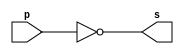
// -------------------------
// Exemplo0002 - NOT
// Nome: Paulo Ricardo B. Souza
// -------------------------
// -------------------------
// -- not gate
// -------------------------
module notgate (output s,
input p);
assign s = ~p;
endmodule // notgate
// -------------------------
// -- test not gate
// -------------------------
module testnotgate;
// ------------------------- dados locais
reg a; // definir registrador
// (variavel independente)
wire s; // definir conexao (fio)
// (variavel dependente )
// ------------------------- instancia
notgate NOT1 (s, a);
// ------------------------- preparacao
initial begin:start
a=0;
end
// ------------------------- parte principal
initial begin
$display("Exemplo0002 - Paulo Ricardo B. Souza - 405828");
$display("Test NOT gate");
$display("\n~a = s\n");
a=0;
#1 $display("~%b = %b", a, s);
a=1;
#1 $display("~%b = %b", a, s);
end
endmodule // testnotgate